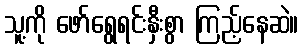
သူ့ကို ဖော်ရွေရင်းနှီးစွာ ကြည့်နေဆဲ။